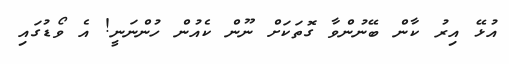
އުޅޭ އިރު ކާން ބޭނުންވާ ގޮތަކަށް ނޫން ކެއުން ހުންނަނީ! އެ ވޯޑުގައި